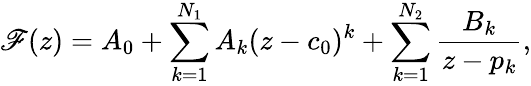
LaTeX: \mathscr{F}(z)=A_{0}+\sum_{k=1}^{N_{1}}A_{k}(z-c_{0})^{k}+\sum_{k=1}^{N_{2}}\frac{{B_{k}}}{{z-p_{k}}},